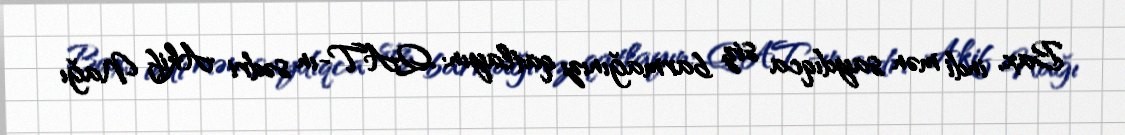
Bax, indi mən saydıqca siz barmağınızı qatlayın: QAT-ın sədri Akif Nağı